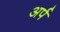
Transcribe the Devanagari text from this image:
अर्प